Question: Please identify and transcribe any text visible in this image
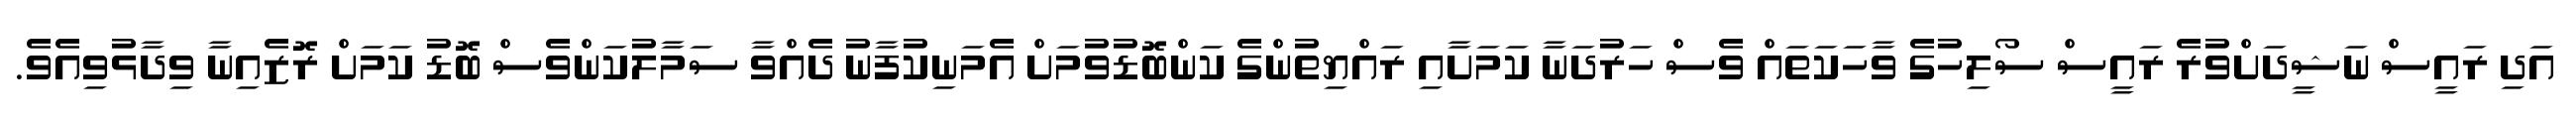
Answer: އަދި ރައީސް ނަޝީދަށްވުރެ ރައީސް ސޯލިހުގެ ވާހަކަތައް ވެސް ހަރުދަނާ ކަމަށާއި ރައްޔިތުންގެ ކަންބޮޑުވުމަށް އެމަނިކުފާނު ދެއްވާ ސަމާލުކަންވެސް ބޮޑު ކަމަށް ރޮޒެއިނާ ވިދާޅުވިއެވެ.